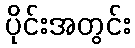
ပိုင်းအတွင်း